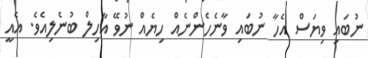
ނުބައި ވިޔަސް އެހާ ނުބައި ވާނެހެންނެއް ހިޔެއް ނުވޭ އާހިލް ބުނެލިއެވެ. އެއީ